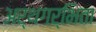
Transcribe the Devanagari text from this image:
अर्थगर्भिता